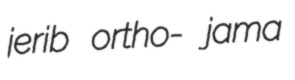
jerib ortho- jama